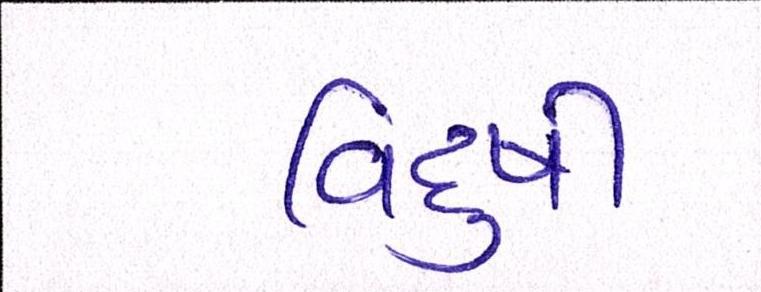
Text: વિદુષી